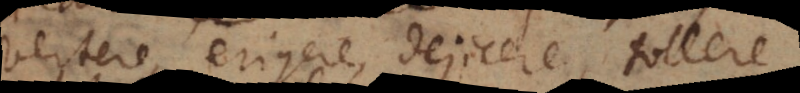
vertere, erigere, dejicere, tollere,